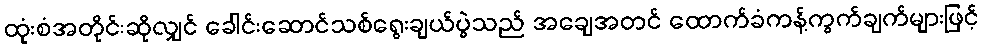
ထုံးစံအတိုင်းဆိုလျှင် ခေါင်းဆောင်သစ်ရွေးချယ်ပွဲသည် အချေအတင် ထောက်ခံကန့်ကွက်ချက်များဖြင့်